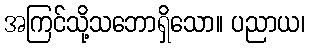
အကြင်သို့သဘောရှိသော။ ပညာယ၊